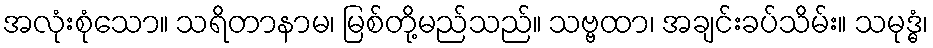
အလုံးစုံသော။ သရိတာနာမ၊ မြစ်တို့မည်သည်။ သဗ္ဗထာ၊ အချင်းခပ်သိမ်း။ သမုဒ္ဓံ၊